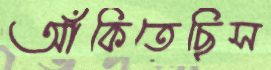
আঁকিতেছিস